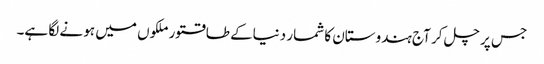
جس پر چل کر آج ہندوستان کا شمار دنیاکے طاقتورملکوں میں ہو نے لگا ہے۔